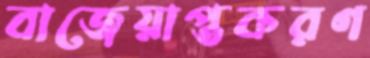
বাজেয়াপ্তকরণ